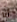
أنا